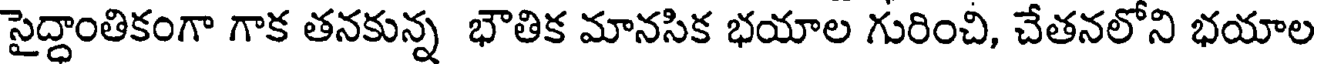
సైద్ధాంతికంగా గాక తనకున్న భౌతిక మానసిక భయాల గురించి, చేతనలోని భయాల